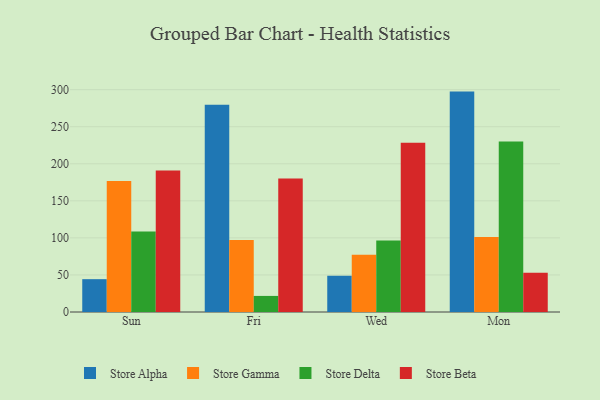
{"axis": {"x": "Day", "y": "Production Output"}, "legend": ["Store Alpha", "Store Beta", "Store Delta", "Store Gamma"], "data": [{"x": "Sun", "y": 44.3, "type": "Store Alpha"}, {"x": "Sun", "y": 176.9, "type": "Store Gamma"}, {"x": "Sun", "y": 108.5, "type": "Store Delta"}, {"x": "Sun", "y": 190.9, "type": "Store Beta"}, {"x": "Fri", "y": 279.6, "type": "Store Alpha"}, {"x": "Fri", "y": 97.3, "type": "Store Gamma"}, {"x": "Fri", "y": 21.7, "type": "Store Delta"}, {"x": "Fri", "y": 180.3, "type": "Store Beta"}, {"x": "Wed", "y": 48.8, "type": "Store Alpha"}, {"x": "Wed", "y": 77.1, "type": "Store Gamma"}, {"x": "Wed", "y": 96.6, "type": "Store Delta"}, {"x": "Wed", "y": 228.3, "type": "Store Beta"}, {"x": "Mon", "y": 297.4, "type": "Store Alpha"}, {"x": "Mon", "y": 101.2, "type": "Store Gamma"}, {"x": "Mon", "y": 229.9, "type": "Store Delta"}, {"x": "Mon", "y": 52.8, "type": "Store Beta"}]}